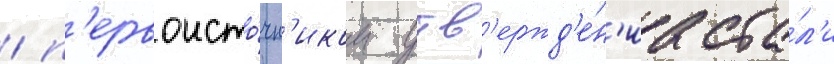
/ п'ервоисто́чн'иком утв'ержд'е́н'иа ста́л'и